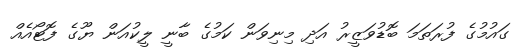
ގައުމުގެ ފުރަތަމަ ބޮޑުވަޒީރު އަދި މިނިވަން ކަމުގެ ބާނީ ލީކުއަން ޔޫގެ ފޮޓޯއެއް